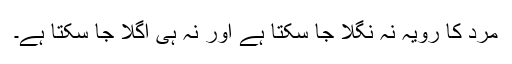
مرد کا رویہ نہ نگلا جا سکتا ہے اور نہ ہی اگلا جا سکتا ہے۔